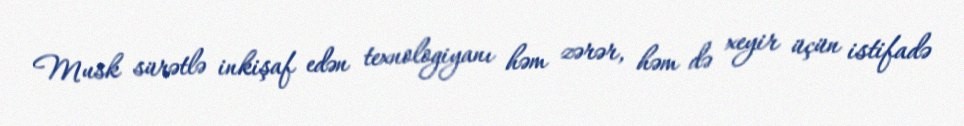
Musk sürətlə inkişaf edən texnologiyanı həm zərər, həm də xeyir üçün istifadə